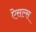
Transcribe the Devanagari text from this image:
ऐसल्स